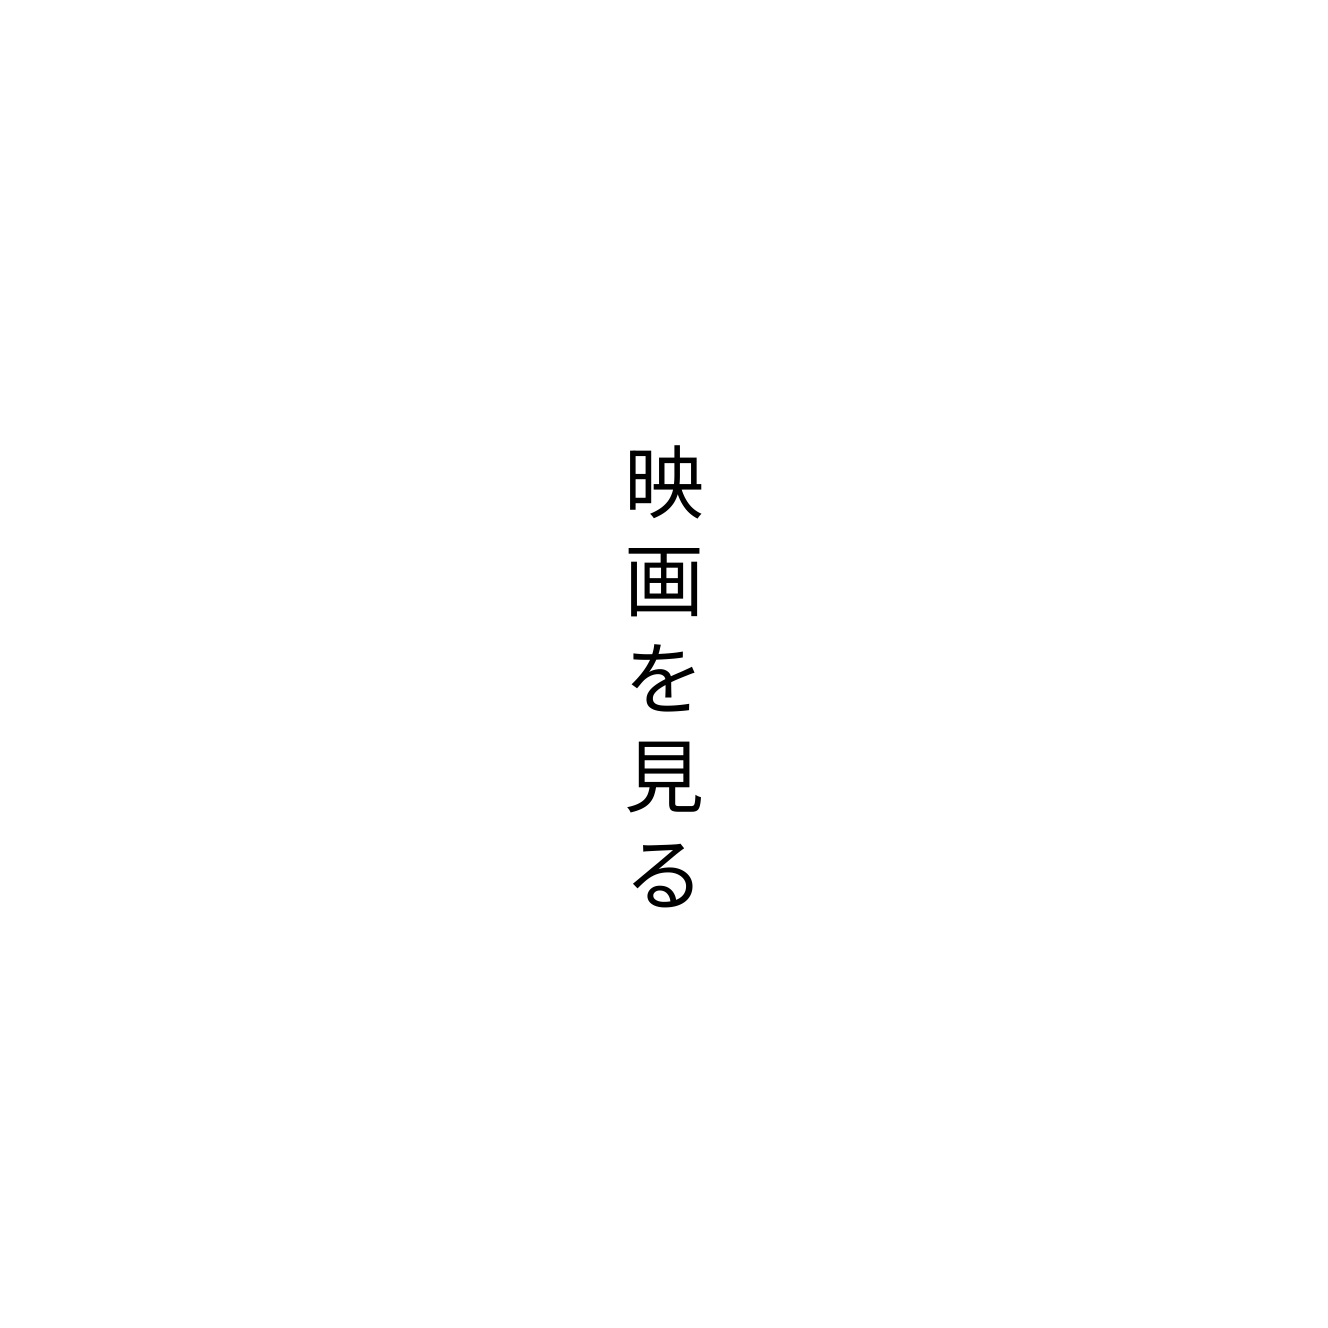
映画を見る